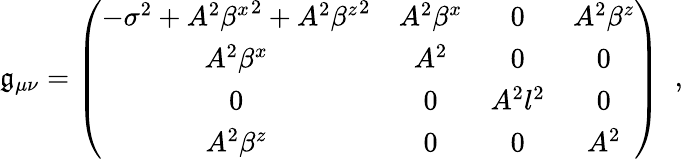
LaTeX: \mathfrak{g}_{\mu\nu}=\left(\begin{array}{cccc}{{-{\sigma}^{2}+A^{2}{\beta^{x}}^{2}+A^{2}{\beta^{z}}^{2}}}&{{A^{2}\beta^{x}}}&{{0}}&{{A^{2}\beta^{z}}}\\ {{A^{2}\beta^{x}}}&{{A^{2}}}&{{0}}&{{0}}\\ {{0}}&{{0}}&{{A^{2}l^{2}}}&{{0}}\\ {{A^{2}\beta^{z}}}&{{0}}&{{0}}&{{A^{2}}}\end{array}\right)\; \; ,